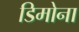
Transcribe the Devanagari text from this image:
डिमोना